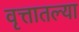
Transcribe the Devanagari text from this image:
वृत्तातल्या